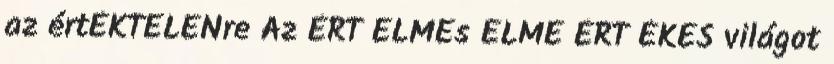
az értÉKTELENre Az ÉRT ELMEs ELME ÉRT ÉKES világot